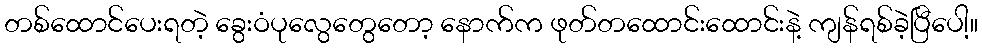
တစ်ထောင်ပေးရတဲ့ ခွေးဝံပုလွေတွေတော့ နောက်က ဖုတ်တထောင်းထောင်းနဲ့ ကျန်ရစ်ခဲ့ပြီပေါ့။